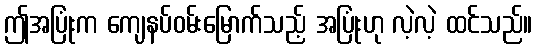
ဤအပြုံးက ကျေနပ်ဝမ်းမြောက်သည့် အပြုံးဟု လဲ့လဲ့ ထင်သည်။